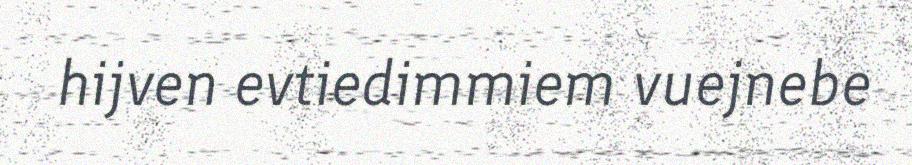
hijven evtiedimmiem vuejnebe